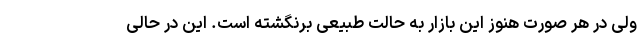
ولی در هر صورت هنوز این بازار به حالت طبیعی برنگشته است. این در حالی